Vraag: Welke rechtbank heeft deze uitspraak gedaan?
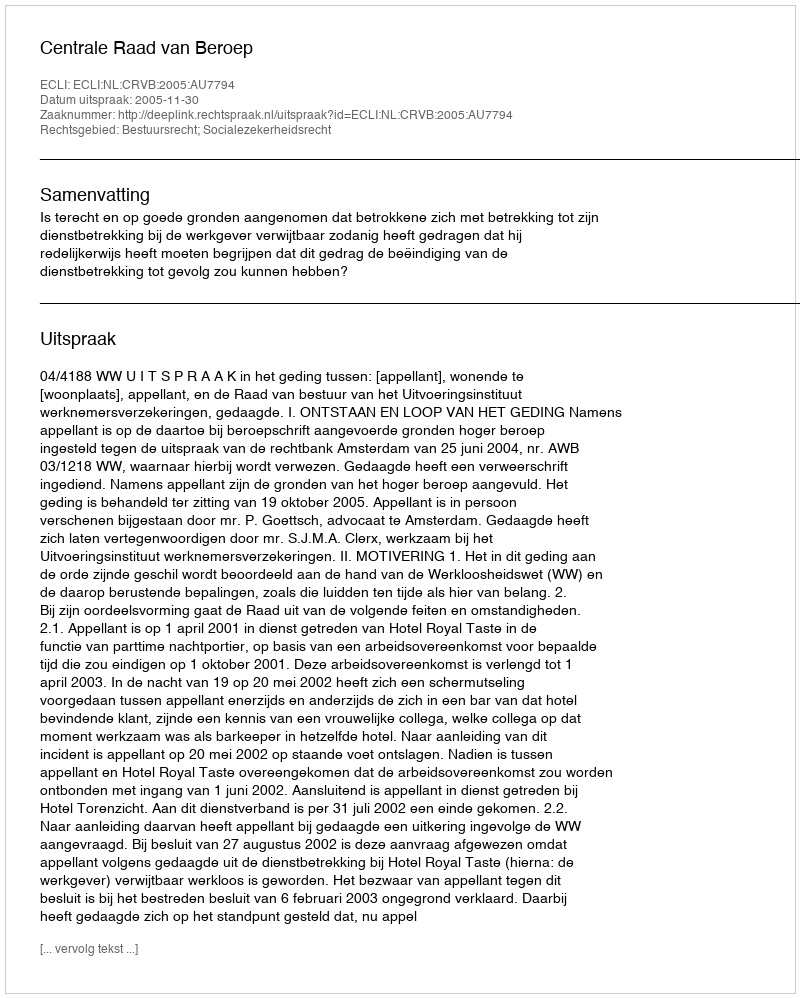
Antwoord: Centrale Raad van Beroep